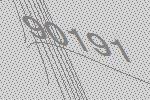
90191